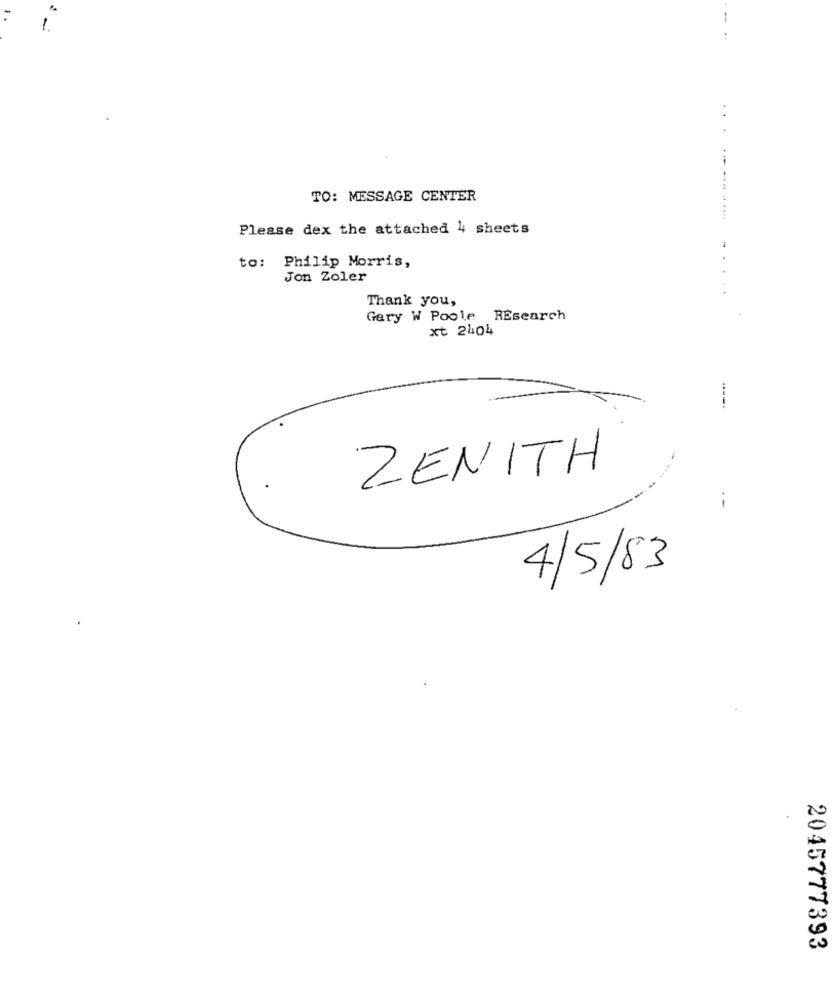
-
. .
TO: MESSAGE CENTER
Please dex the attached 4 sheets
to: Philip Morris,
Jon Zoler
Thank you,
Gary W Poole REsearch
xt 2404
ZENITH
4/5/83
2045777393